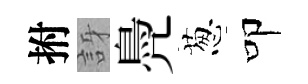
拊訝鳧葱叩